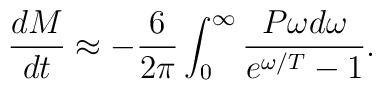
{dM\over dt} \approx  -{6\over 2\pi}\int_0^{\infty}{P\omega d\omega\over e^{\omega/T}-1}.